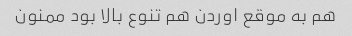
هم به موقع اوردن هم تنوع بالا بود ممنون